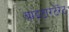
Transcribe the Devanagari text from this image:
बाइटारटेरेट